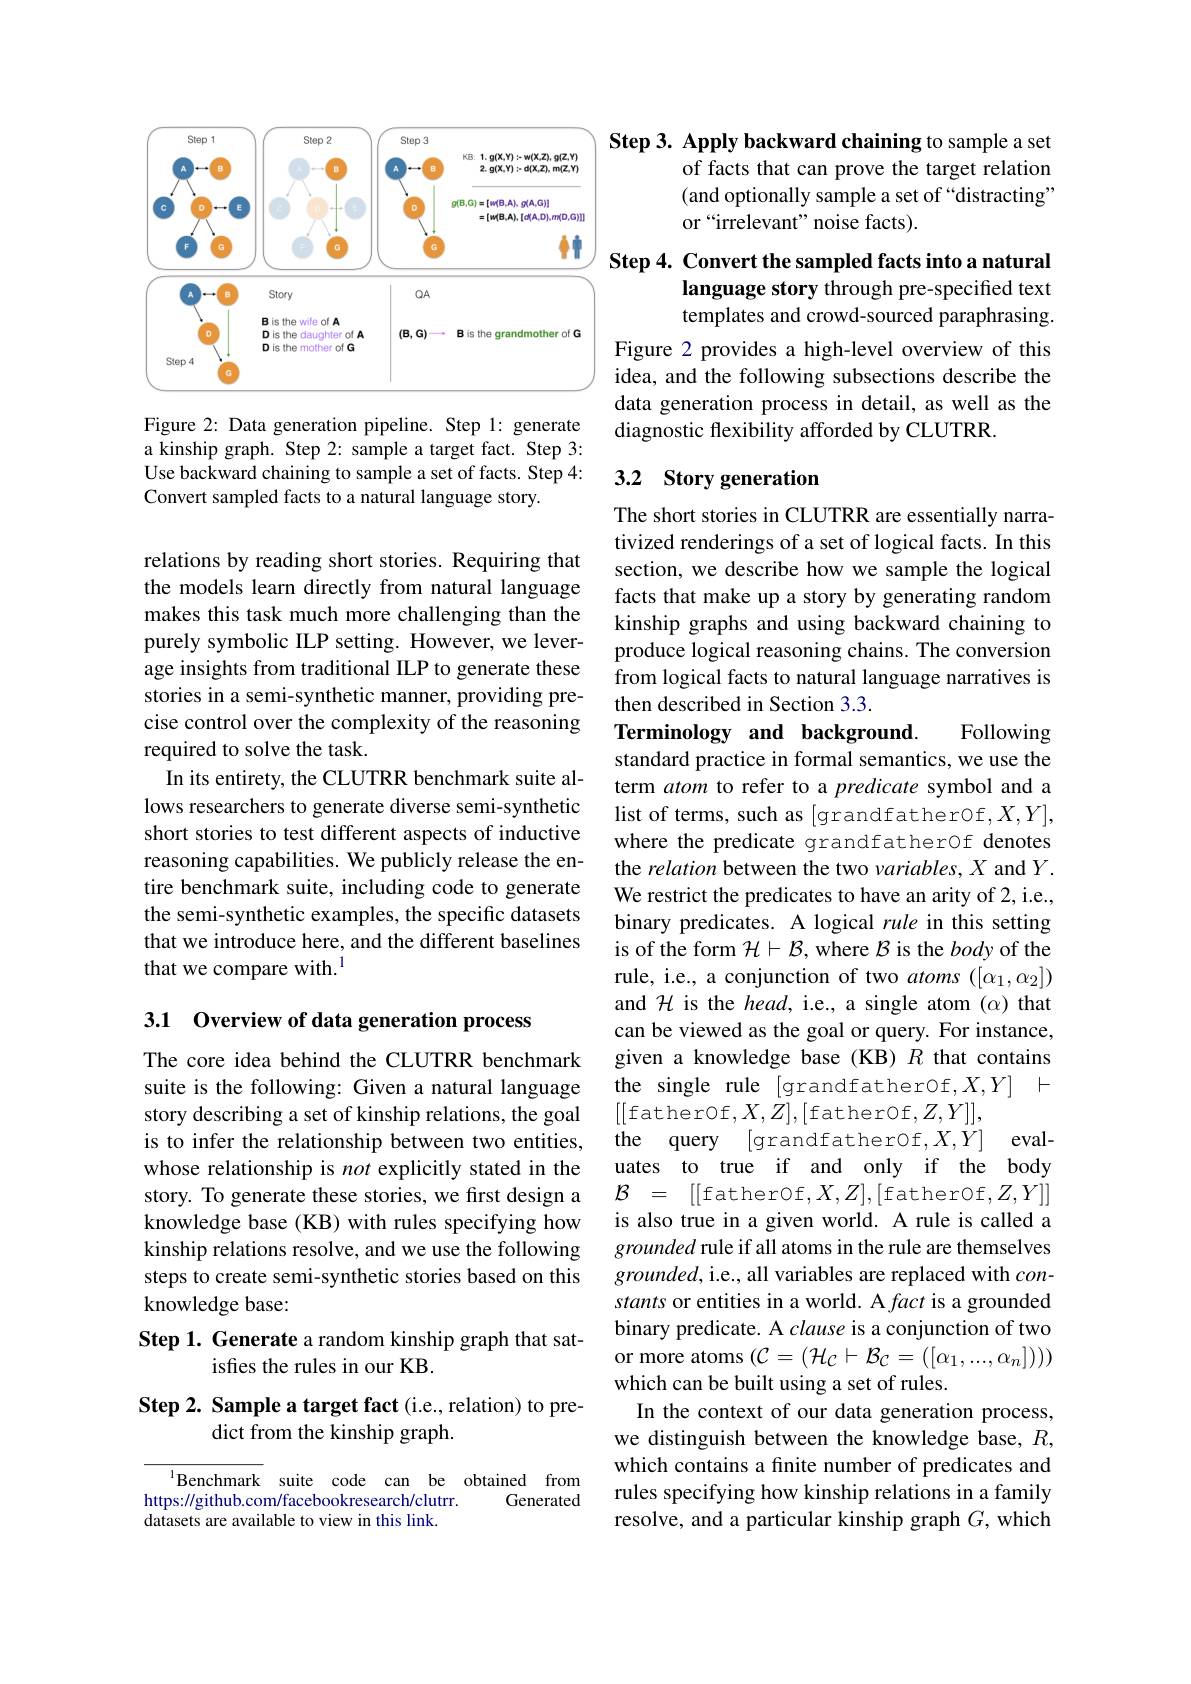
<FigureHere>

Figure 2: Data generation pipeline. Step 1: generate a kinship graph. Step 2: sample a target fact. Step 3: Use backward chaining to sample a set of facts. Step 4: Convert sampled facts to a natural language story.

relations by reading short stories. Requiring that the models learn directly from natural language makes this task much more challenging than the purely symbolic ILP setting. However, we leverage insights from traditional ILP to generate these stories in a semi-synthetic manner, providing precise control over the complexity of the reasoning required to solve the task.
In its entirety, the CLUTRR benchmark suite allows researchers to generate diverse semi-synthetic short stories to test different aspects of inductive reasoning capabilities. We publicly release the entire benchmark suite, including code to generate the semi-synthetic examples, the specific datasets that we introduce here, and the different baselines that we compare with.$^{1}$

3.1 Overview of data generation process

The core idea behind the CLUTRR benchmark suite is the following: Given a natural language story describing a set of kinship relations, the goal is to infer the relationship between two entities, whose relationship is not explicitly stated in the story. To generate these stories, we frst design a knowledge base (KB) with rules specifying how kinship relations resolve, and we use the following steps to create semi-synthetic stories based on this knowledge base:

## Step 1. Generate a random kinship graph that satisfies the rules in our KB.

## Step 2. Sample a target fact (i.e., relation) to pre- $\tilde{\text{dict from the kinship graph.}}$

$^{1}$Benchmark suite code can be obtained from
https://github.com/facebookresearch/clutrr.
Generated
datasets are available to view in this link.

Step 3. Apply backward chaining to sample a set

of facts that can prove the target relation (and optionally sample a set of “distracting” or “irrelevant”noise facts).

Step 4. Convert the sampled facts into a natural
language story through pre-specified text templates and crowd-sourced paraphrasing.

Figure 2 provides a high-level overview of this idea, and the following subsections describe the data generation process in detail, as well as the diagnostic flexibility afforded by CLUTRR.

# 3.2 Story generation

The short stories in CLUTRR are essentially narrativized renderings of a set of logical facts. In this section, we describe how we sample the logical facts that make up a story by generating random kinship graphs and using backward chaining to produce logical reasoning chains. The conversion from logical facts to natural language narratives is then described in Section 3.3.
Following

Terminology and background.
standard practice in formal semantics, we use the term atom to refer to a predicate symbol and a list of terms, such as [grandfatherOf,X,Y], where the predicate grandfatherOf denotes the relation between the two variables, X and Y. We restrict the predicates to have an arity of 2, i.e., binary predicates. A logical rule in this setting is of the form $\mathcal{H}\vdash\mathcal{B}$, where $\mathcal{B}$ is the body of the rule, i.e., a conjunction of two $atoms([\alpha_1,\alpha_2])$ and $\mathcal{H}$ is the head, i.e., a single atom $(\alpha)$ that can be viewed as the goal or query. For instance, given a knowledge base (KB) $R$ that contains the single rule [grandfather0f,X,Y]~+ [[fatherOf$,X,Z],[$fatherOf$,Z,Y]]$,
the query [grandfather0f,X,Y] evaluates to true if and only if the body $\mathcal{B} =$ [[fatherof$,X,Z],[$fatherof$,Z,Y]]$ is also true in a given world. A rule is called a grounded rule if all atoms in the rule are themselves $grounded$,i.e., all variables are replaced with $con-$ stants or entities in a world. A fact is a grounded binary predicate. A clause is a conjunction of two or more atoms $(\mathcal{C}=(\mathcal{H}_\mathcal{C}\vdash\mathcal{B}_\mathcal{C}=([\alpha_1,...,\alpha_n])))$ which can be built using a set of rules.
In the context of our data generation process, we distinguish between the knowledge base, $R$, which contains a finite number of predicates and rules specifying how kinship relations in a family resolve, and a particular kinship graph $G$, which